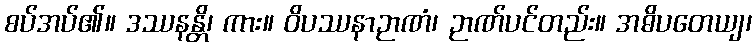
စပ်အပ်၏။ ဒဿနန္တိ၊ ကား။ ဝိပဿနာဉာဏံ၊ ဉာဏ်ပင်တည်း။ အဓိပတေယျ၊